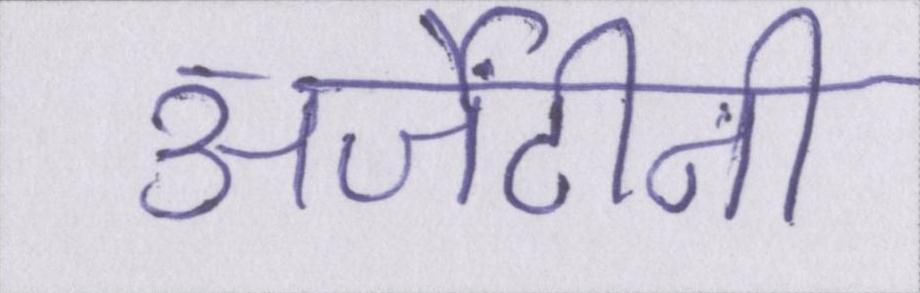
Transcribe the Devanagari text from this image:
अर्जेंटीनी